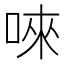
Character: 唻